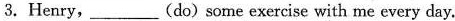
3.Henry,___(do) some exercise with me every day.